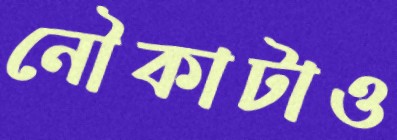
নৌকাটাও